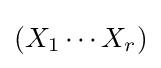
(X_{1}\cdots X_{r})